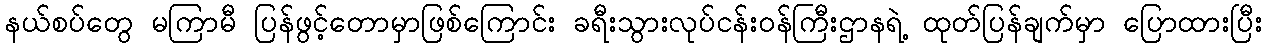
နယ်စပ်တွေ မကြာမီ ပြန်ဖွင့်တောမှာဖြစ်ကြောင်း ခရီးသွားလုပ်ငန်းဝန်ကြီးဌာနရဲ့ ထုတ်ပြန်ချက်မှာ ပြောထားပြီး